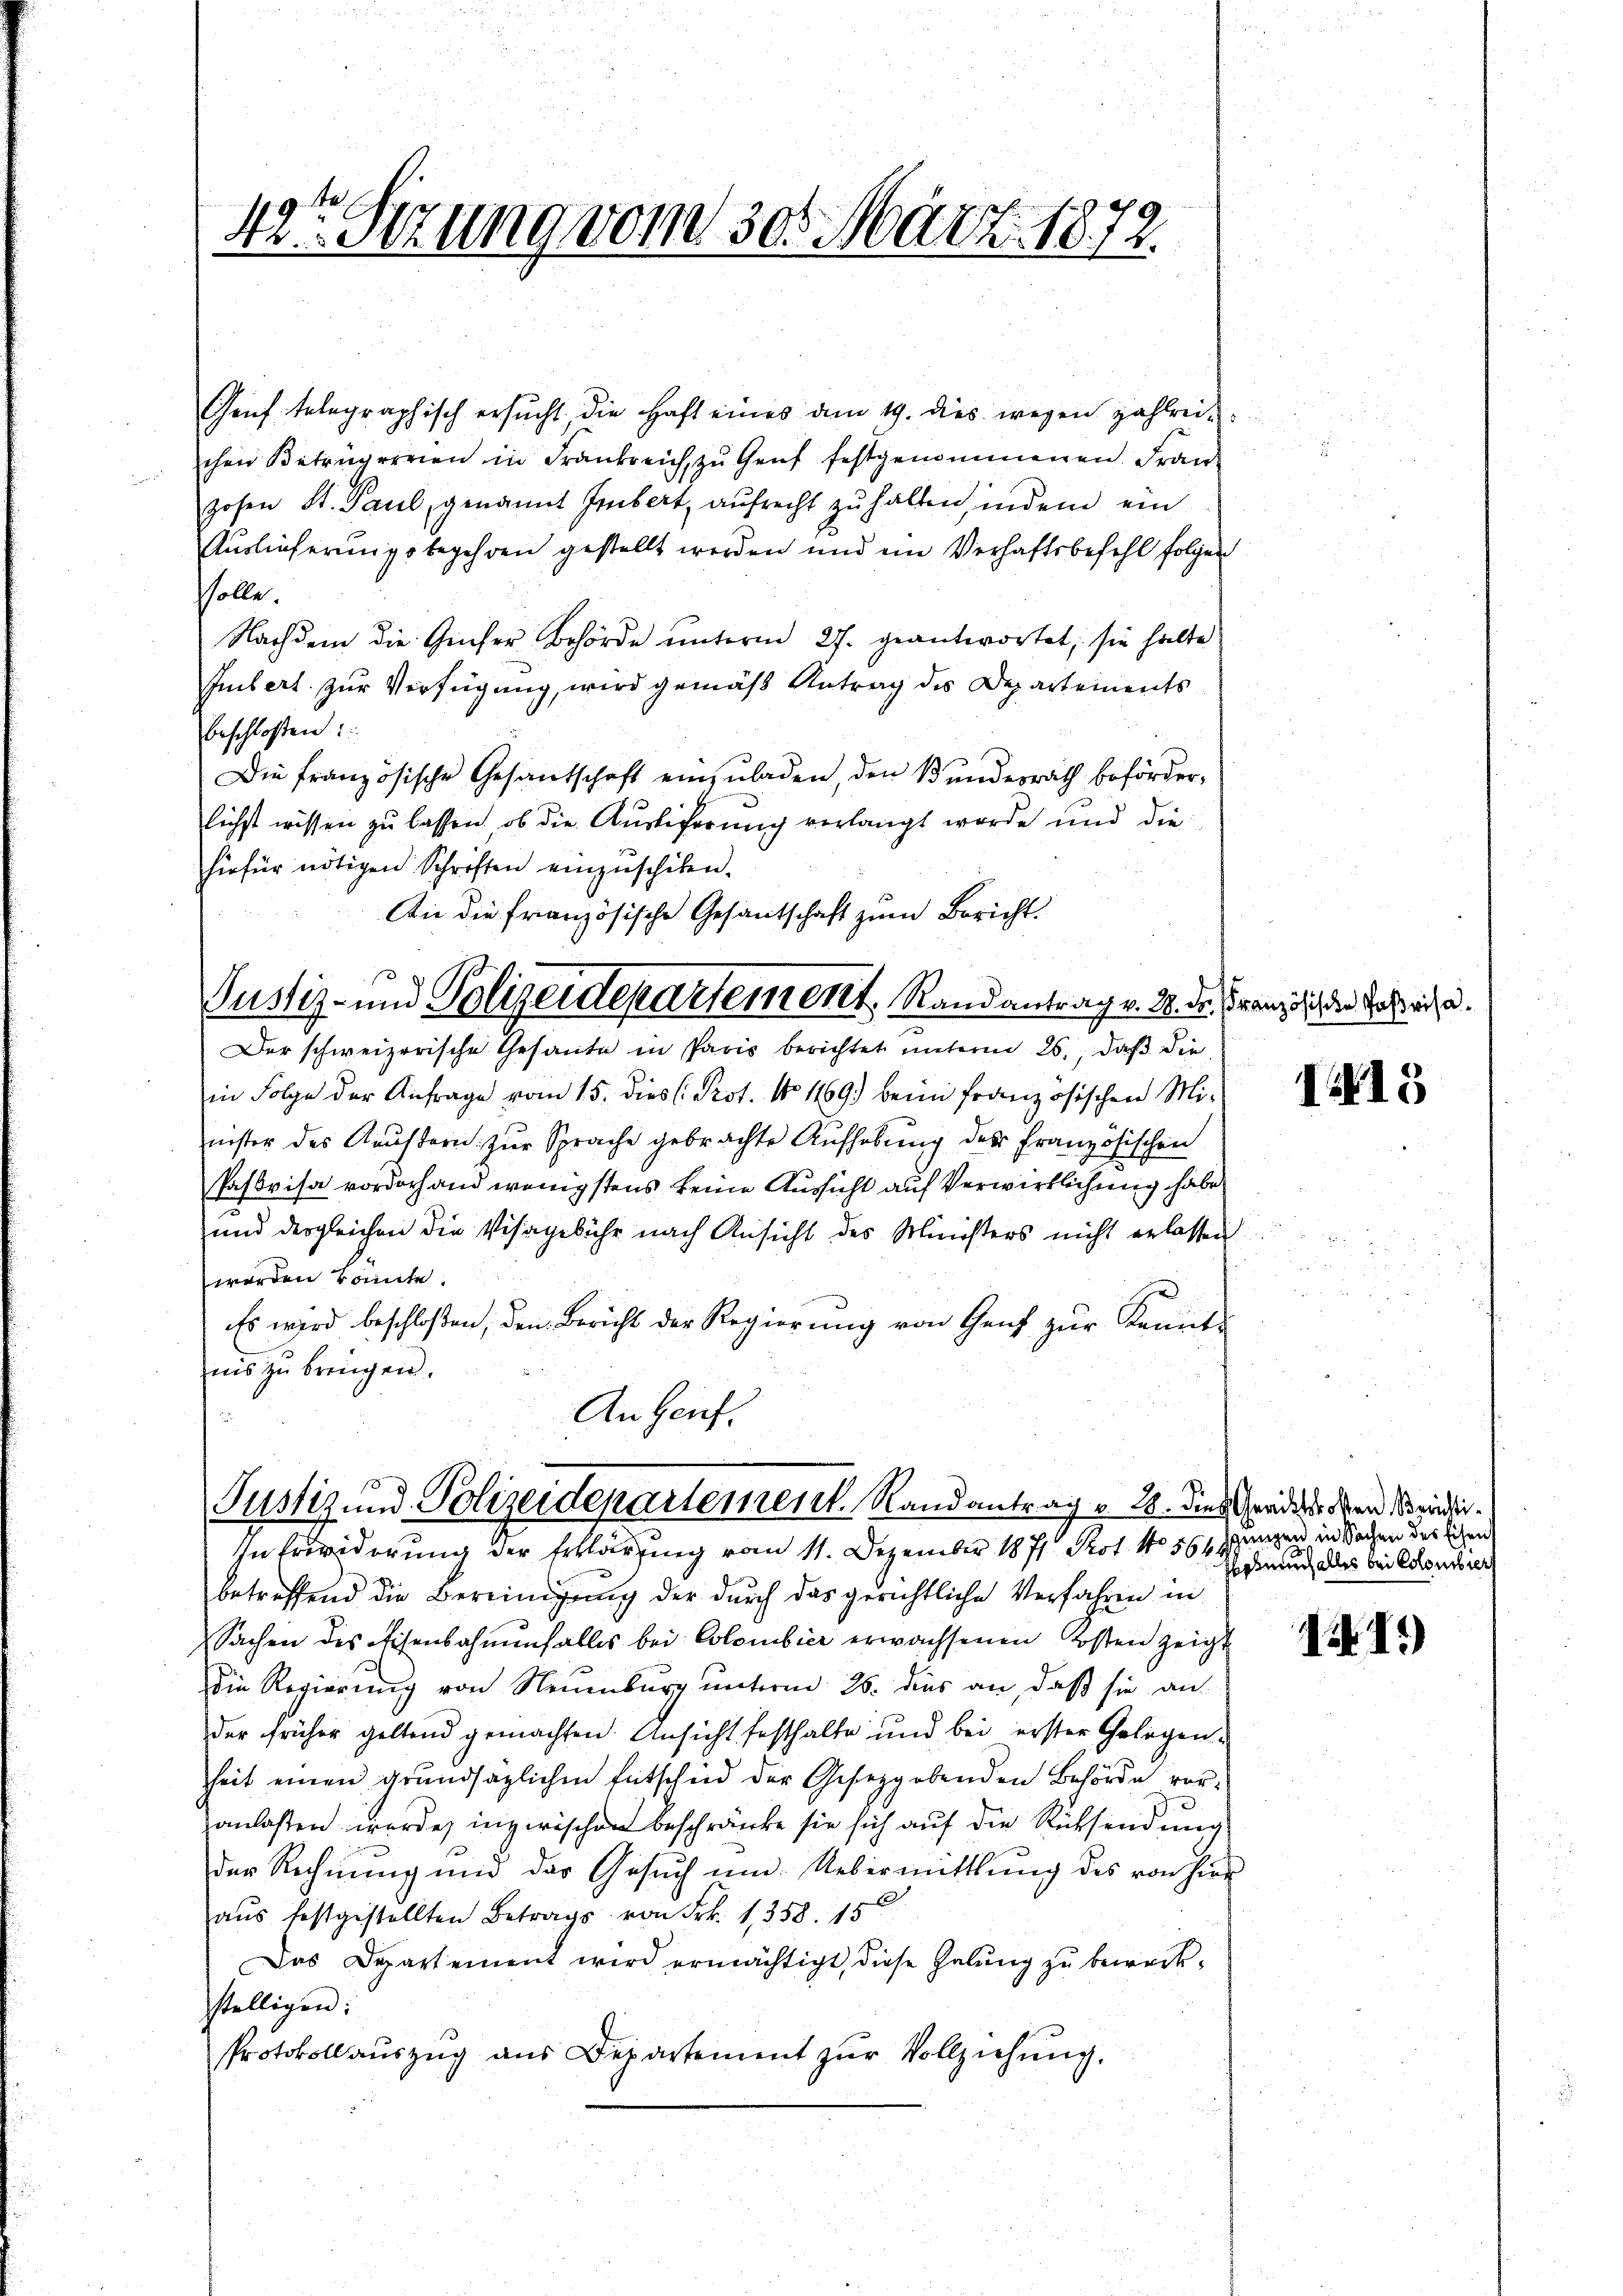
42te Sitzung vom 30. März 1872.

Genf telegraphisch ersucht die Haft eines am 19. dies wegen zahlrei
chen Betrugereien in Frankreich, zu Genf festgenommenen Franhohen St. Paul, genannt Imbert, aŭfrecht zŭ halten, indem ein
Auslieferungsbegehren gestellt werden und im Verhaftsbefehl folgen
solle.
Nachdem die Geser Behörde unterm 27. geantwortet, sie halte
Imbert zur Verfügung, wird gemäß Antrag des Departements
beschlossen:
Die französische Gesandschaft einzuladen, den Bundesrath beförderlichst wissen zu lassen, ob die Ausliferung verlangt werde und die
hiefür nötigen Schriften einzuschiken.
An die französische Gesantschaft zum Bericht.
Justiz- und Polizeidepartement, Rand antrag v. M. dr. Französi die Schweige.
Der schweizerische Gesante in Paris berichtet unterm 26., daß die
in Folge der Anfrage vom 15. dies (Prot. No 1469) beim französischen Minister des Aeustern zur Sprache gebrachte Aufhebung der französischen
Pasvisa vordorhand wenigstens keine Aussicht auf Verwirklichung habe
und dergleichen die Visagebühr nach Ansicht des Ministers nicht erlassen
worden könnte.
Es wird beschloßen, den Bericht der Regierung von Genf zur Kenntiis zu bringen.

C

Justiz und Polizeidepartement Randantrag v. 28. dies Grade den einli
In Erwiderung der Erklärung vom 11. Dezember 1871 Prot. No 561 angen in Sachen der sichen

betreffend die Bereinigung der durch das gerichtliche Verfahren in
Sachen des Eisenbahnenfalles bei Colombier erwachsenen Kosten zeigt
die Regierung von Naumburg unterm 26. dies an, daß sie an
der früher geltend gemachten Ansicht festhalte und bei erster Gelegenheit einen grundsaglichen Entschied der Gesetzgebenden Behörde vorzanlassen werde, inzwischen beschränke sie sich auf die Rücksendung
der Rechnung und der Gesuch um Uebermittlung des von hier
aŭs festgestellten Betrags von Frk. 1,358. 15
Das Departement wird ermächtigt, diese Halŭng zŭ bewerk-
stelligen:
Protokoll aŭszŭg ans Departement zŭr Vollziehŭng.

I415

Ehebruch alles bei Colombier

1.)